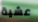
عشية